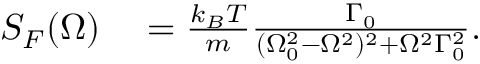
\begin{array} { r l } { S _ { F } ( \Omega ) } & { { } = \frac { k _ { B } T } { m } \frac { \Gamma _ { 0 } } { ( \Omega _ { 0 } ^ { 2 } - \Omega ^ { 2 } ) ^ { 2 } + \Omega ^ { 2 } \Gamma _ { 0 } ^ { 2 } } . } \end{array}